Subject: cs
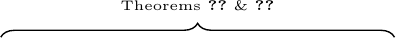
LaTeX code:
\begin{tikzpicture}
    \draw [decorate, decoration={brace,amplitude=5pt},line width=0.5pt] (0,0) -- (5,0);

    \node at (2.5,0.4) {\tiny Theorems~\ref{thm:nonparam_dis_cont_a}~\&~\ref{thm:nonparam_dis_disc_a}};
\end{tikzpicture}